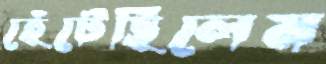
হেঁটেছিলেম